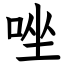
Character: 唑